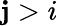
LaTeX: \mathbf{j}>i